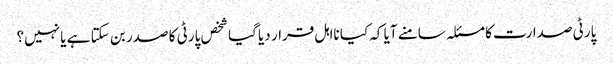
پارٹی صدارت کا مسئلہ سامنے آیا کہ کیا نااہل قرار دیا گیا شخص پارٹی کا صدر بن سکتا ہے یا نہیں؟